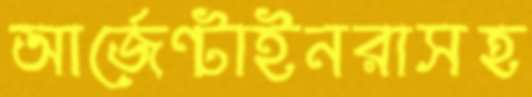
আর্জেন্টাইনরাসহ